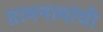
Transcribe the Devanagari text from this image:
ग्रामनामांची